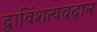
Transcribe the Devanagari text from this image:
द्वाविंशत्यवदान